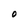
Character: 0